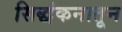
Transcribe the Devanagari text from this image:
सिद्धंकनातून